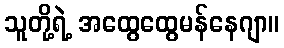
သူတို့ရဲ့ အထွေထွေမန်နေဂျာ။